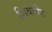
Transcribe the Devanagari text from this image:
शिवडीह